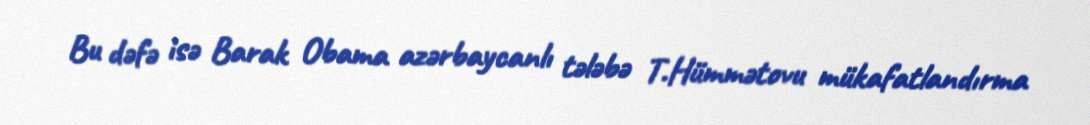
Bu dəfə isə Barak Obama azərbaycanlı tələbə T.Hümmətovu mükafatlandırma